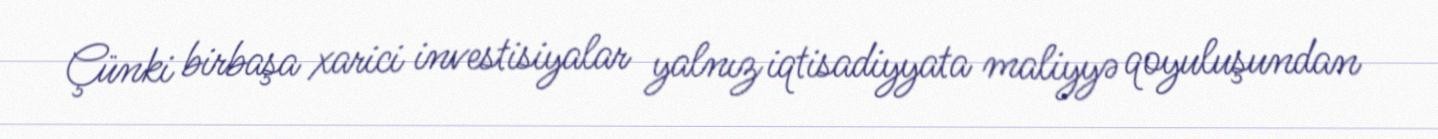
Çünki birbaşa xarici investisiyalar yalnız iqtisadiyyata maliyyə qoyuluşundan